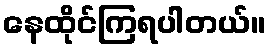
နေထိုင်ကြရပါတယ်။